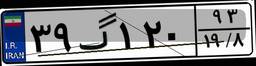
۳۹گ۱۲۰۹۳